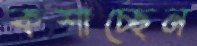
কশাচ্ছেন